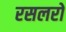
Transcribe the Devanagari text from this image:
रसलरों